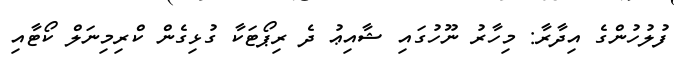
ފުލުހުންގެ އިދާރާ: މިހާރު ނޫހުގައި ޝާއިޢު ދެ ރިޕޯޓަކާ ގުޅިގެން ކްރިމިނަލް ކޯޓާއި